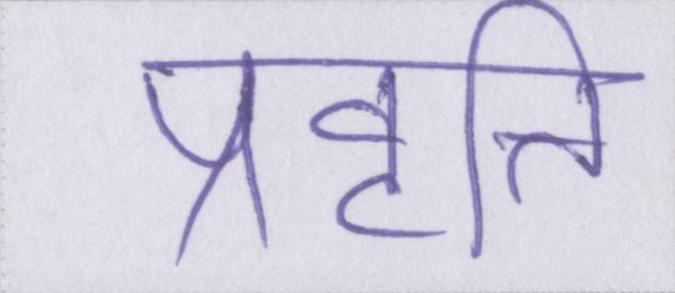
प्रवृत्ति